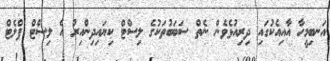
އަނބިމީހާ އާއިއެކުގައި ދިރިއުޅެވެން ނެތް ސަބަބުތަކުގެ ލިސްޓް ކިޔައިދިންއިރު އެ ލިސްޓް ފްލެޓް